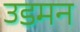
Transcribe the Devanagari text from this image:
उडमन